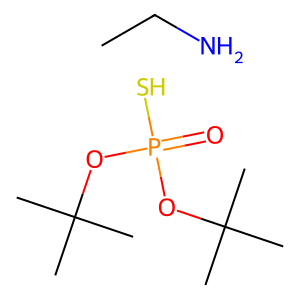
SMILES: CC(C)(C)OP(=O)(S)OC(C)(C)C.CCN
Inhibits HIV replication: No